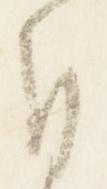
自